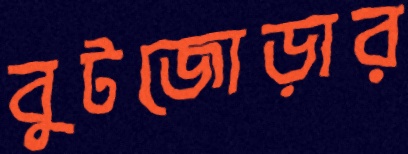
বুটজোড়ার